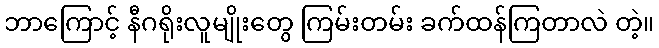
ဘာကြောင့် နီဂရိုးလူမျိုးတွေ ကြမ်းတမ်း ခက်ထန်ကြတာလဲ တဲ့။